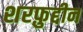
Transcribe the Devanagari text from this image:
शरफ़ुद्दीन